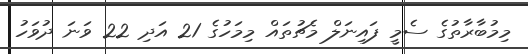
މިމުބާރާތުގެ ސެމީ ފައިނަލް މެޗުތައް މިމަހުގެ 21 އަދި 22 ވަނަ ދުވަހު